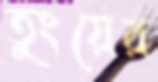
তুংয়ের